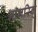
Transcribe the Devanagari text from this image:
नागरिक्